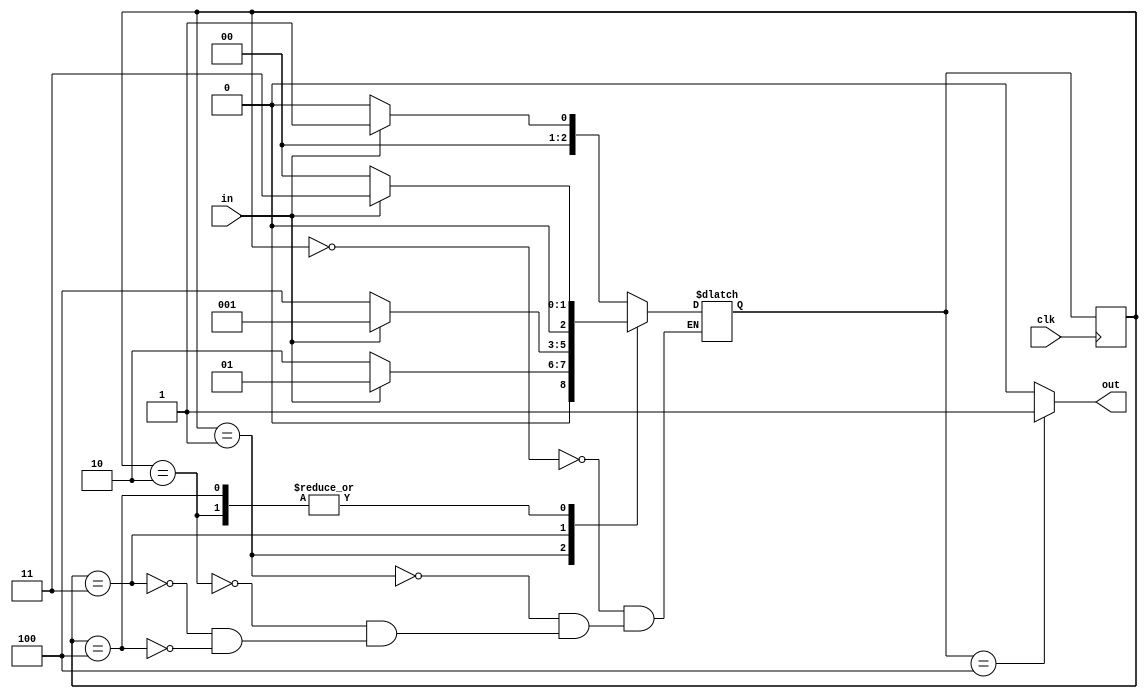
module det_1010(clk,in,out);
    input clk,in;
    output wire out;
    parameter IDLE = 0,
                S1 = 1,
                S10 = 2,
                S101 = 3,
                S1010 = 4;

    reg[2:0] cur_state, next_state;


    always @(posedge clk) begin
        cur_state <= next_state;
    end
    initial begin
        cur_state = IDLE;
    end 

    always @(cur_state or in) begin
        case(cur_state)
        IDLE: begin
            if(in) next_state = S1;
            else next_state = IDLE;
        end

        S1: begin
            if(in) next_state = S1;
            else next_state = S10;
        end

        S10: begin
            if(in) next_state = S101;
            else next_state = IDLE;
        end

        S101: begin
            if(in) next_state = S1;
            else next_state = S1010;
        end

        S1010: begin
            if(in) next_state = S101;
            else next_state = IDLE;
        end 
        endcase

    end
        assign out = next_state == S1010? 1:0;


endmodule